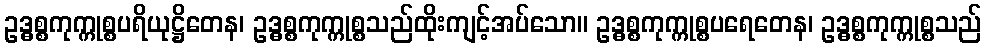
ဥဒ္ဓစ္စကုက္ကုစ္စပရိယုဋ္ဌိတေန၊ ဥဒ္ဓစ္စကုက္ကုစ္စသည်ထိုးကျင့်အပ်သော။ ဥဒ္ဓစ္စကုက္ကုစ္စပရေတေန၊ ဥဒ္ဓစ္စကုက္ကုစ္စသည်